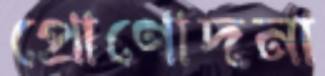
প্রোণোদনা